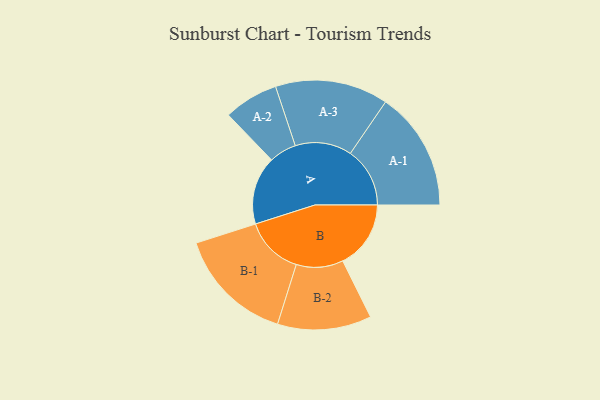
{"axis": {"x": "Segment", "y": "Value"}, "legend": ["", "A", "B"], "data": [{"x": "A", "y": 320, "type": ""}, {"x": "B", "y": 319, "type": ""}, {"x": "A-1", "y": 279, "type": "A"}, {"x": "A-2", "y": 128, "type": "A"}, {"x": "A-3", "y": 265, "type": "A"}, {"x": "B-1", "y": 275, "type": "B"}, {"x": "B-2", "y": 220, "type": "B"}]}